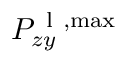
P _ { z y } ^ { \mathrm { ~ l ~ } , \operatorname* { m a x } }